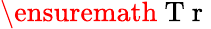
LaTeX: \ensuremath{\mathrm{~T~r~}}